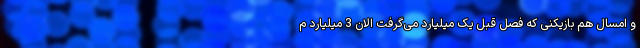
و امسال هم بازیکنی که فصل قبل یک میلیارد می‌گرفت الان 3 میلیارد م